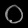
Digit: ၀